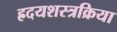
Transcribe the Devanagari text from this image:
ह्रदयशस्त्रक्रिया